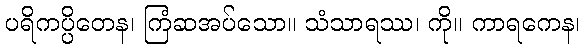
ပရိကပ္ပိတေန၊ ကြံဆအပ်သော။ သံသာရဿ၊ ကို။ ကာရကေန၊